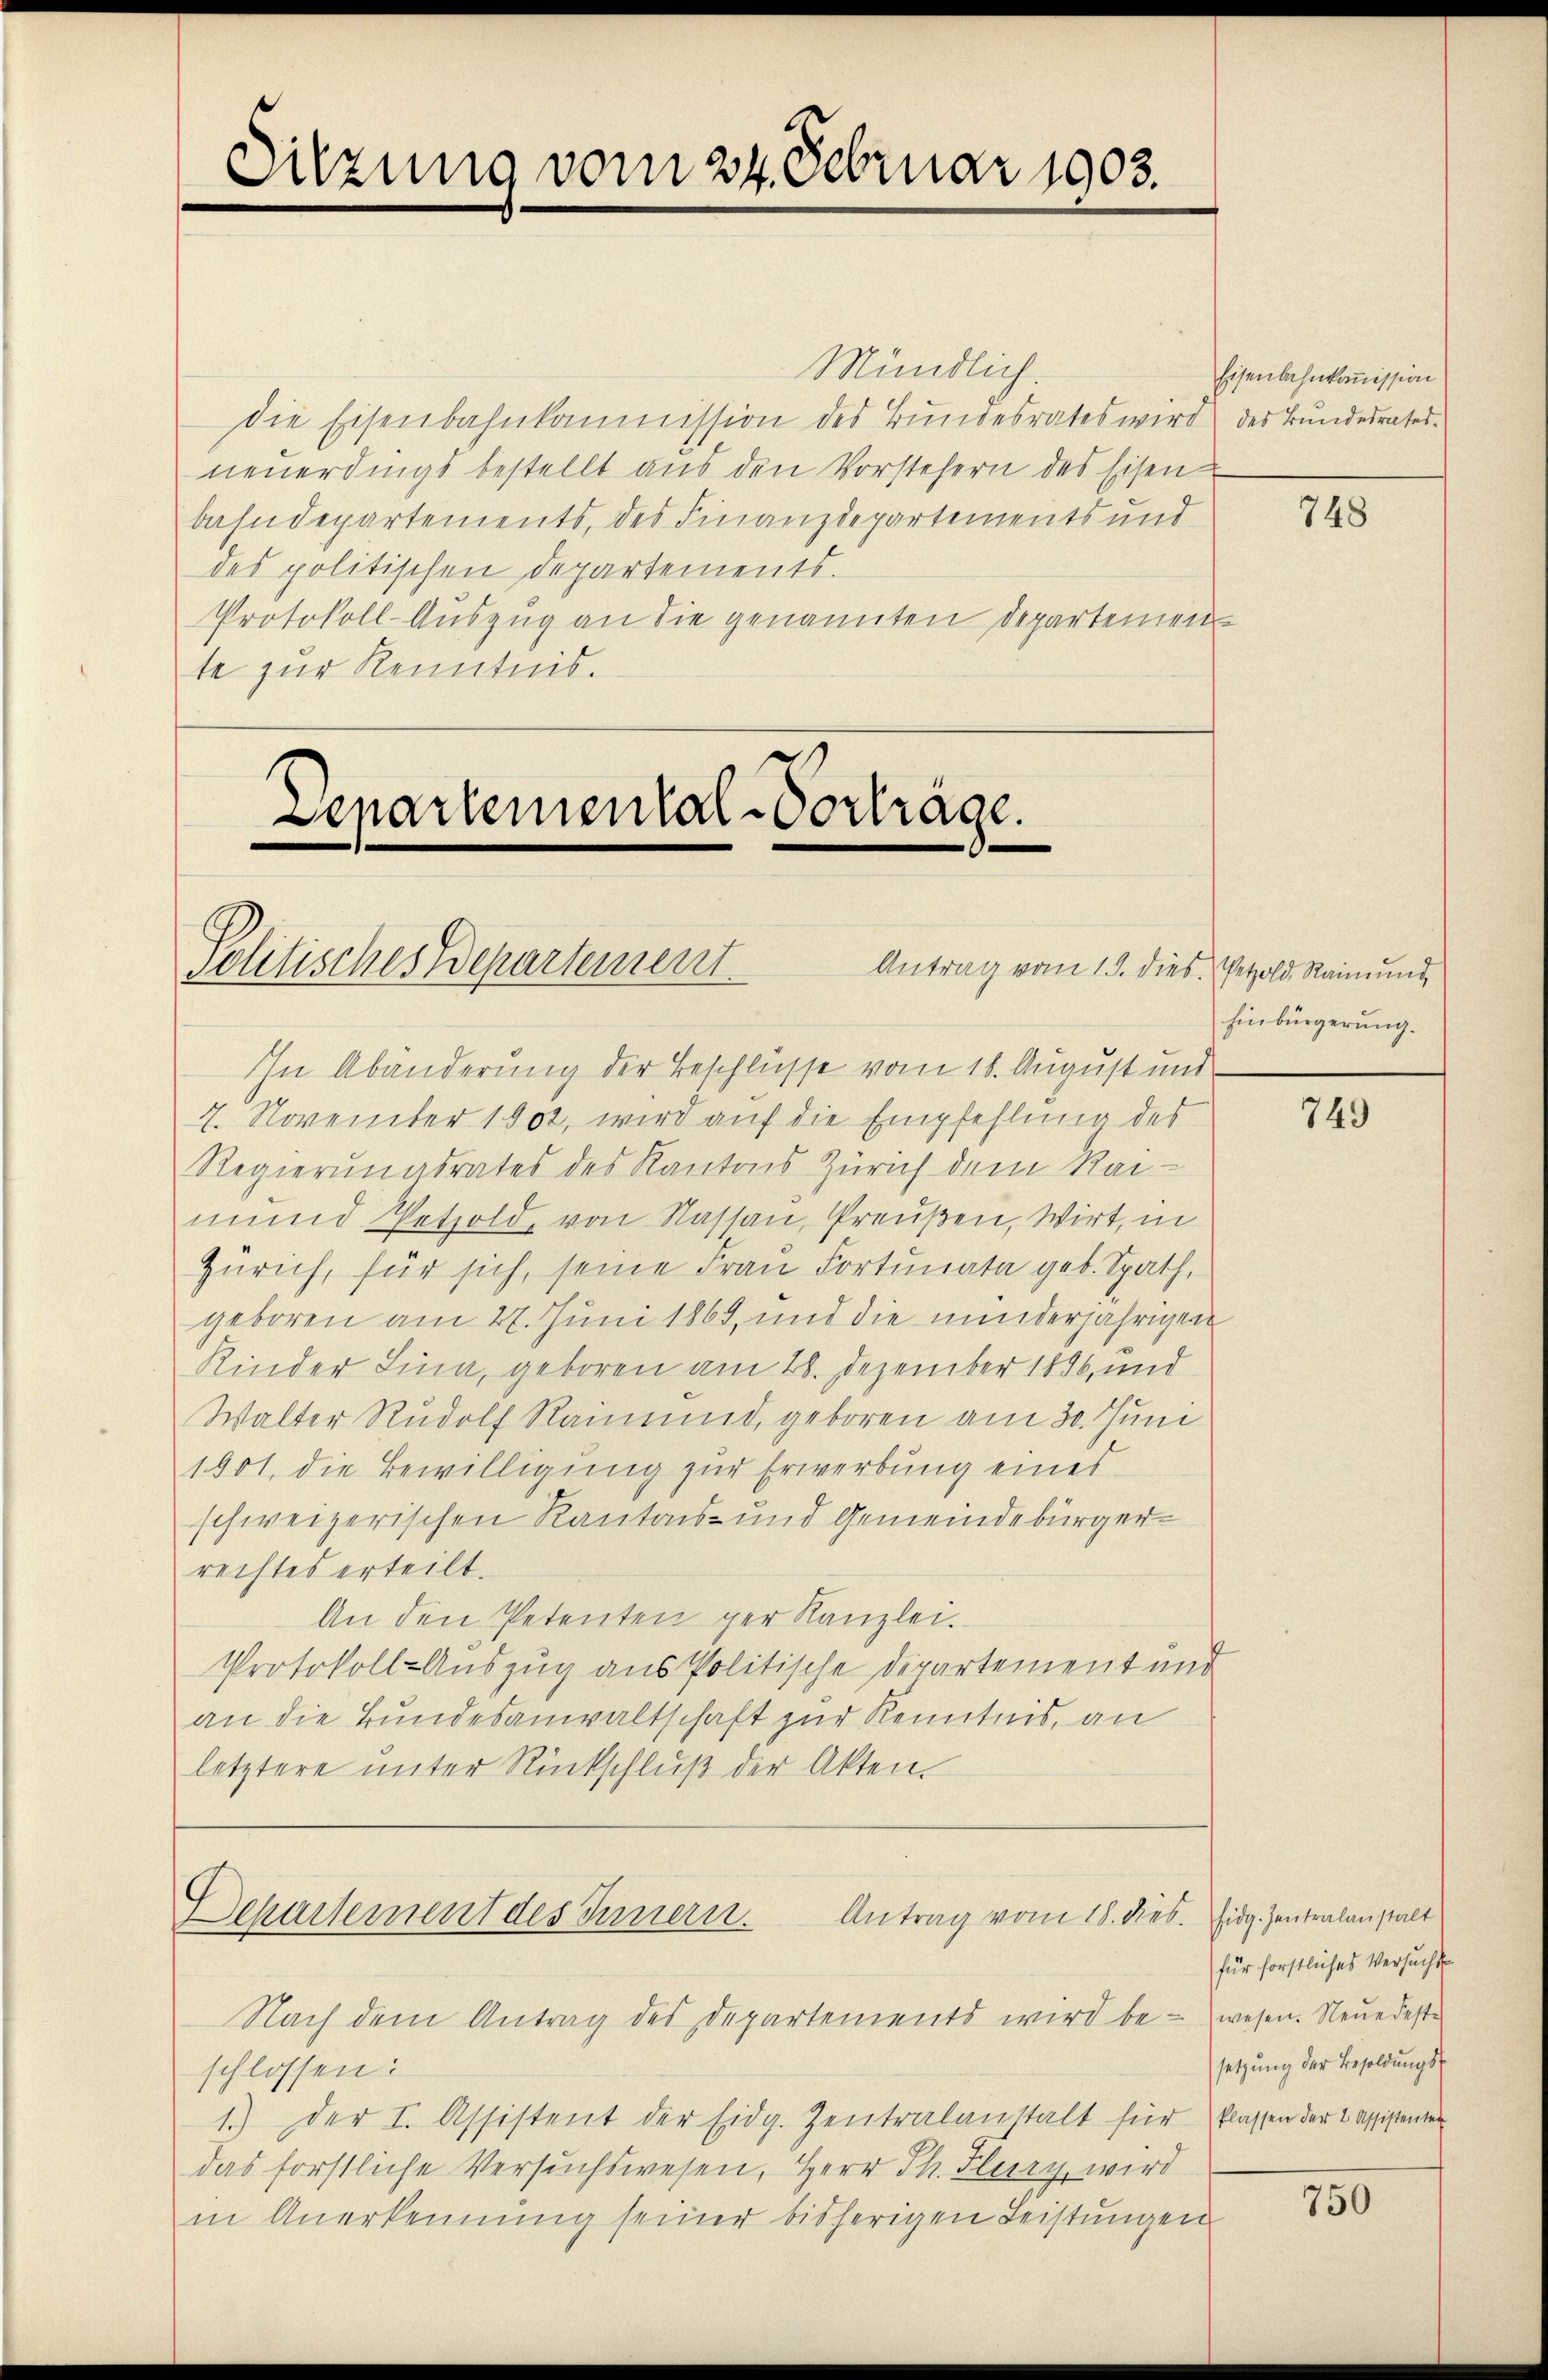
Sitzung vom 24. Februar 1903.

Mündlich.
die Eisenbahnkommission des Bundesrates wird des Bundesrates
neuerdings bestellt aus den Vorstehern des Eisen
bahndepartements, des Finanzdepartements und
des politischen Departements.
Protokoll-Auszug an die genannten Departemente zur Kenntnis.

Lenartemental-Vortrage.
e
Politisches Departement.
Antrag vom 15. dies. Petzold, Raimund,

Antrag vom 18. dies. Eidg. Zentralanstalt
Departement des Innern.

In Abänderung der Beschlüsse vom 18. August und
7. November 1902, wird auf die Empfehlung des
Regierungsrates des Kantons Zürich dem Rai-
mund Petzold, von Nassau, Preußen, Wirt, in
Zürich, für sich, seine Frau Fortunata geb. Spath
geboren am 27. Juni 1869, und die minderjährigen
Kinder Lina, geboren am 28. Dezember 1896, und
Walter Rudolf Raimund, geboren am 30. Juni
1901, die Bewilligung zur Erwerbung eines
schweizerischen Kantons- und Gemeindebürgerrechtes erteilt.
An den Petenten per Kanzlei.
Protokoll-Auszug aus Politische Departement und
an die Bundesanwaltschaft zur Kenntnis, an
letztere ŭnter Rückschlŭβ der Akten.

Nach dem Antrag des Departements wird be- wesen. Neuedeste
schlossen:
1.) Der I. Assistent der Eidg. Zentralanstalt für klassen der Cassistenten
das forstliche Versuchswesen, Herr Th. Flury wird
in Anerkennung seiner bisherigen Leistungen

Eisenbahnkommission

748

Einbürgerung.

749

für forstliches Versucht
setzung der Besoldungs

750